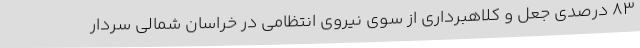
83 درصدی جعل و کلاهبرداری از سوی نیروی انتظامی در خراسان شمالی سردار